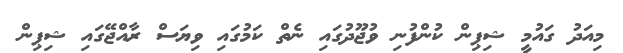
މިއަދު ގައުމީ ޝިޕިން ކުންފުނި ވުޖޫދުގައި ނެތް ކަމުގައި ވިޔަސް ރާއްޖޭގައި ޝިޕިން